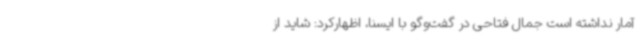
آمار نداشته است جمال فتاحی در گفت‌وگو با ایسنا، اظهارکرد: شاید از